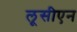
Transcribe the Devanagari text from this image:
लूसीएन